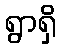
ရွာရှိ